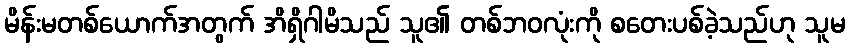
မိန်းမတစ်ယောက်အတွက် အိရှိဂါမိသည် သူ၏ တစ်ဘဝလုံးကို စတေးပစ်ခဲ့သည်ဟု သူမ